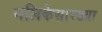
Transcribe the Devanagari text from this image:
नलिकेसारख्या